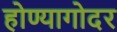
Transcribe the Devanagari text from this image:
होण्यागोदर